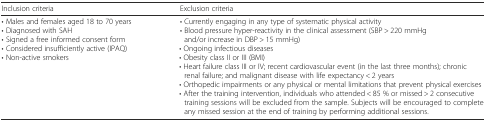
| Inclusion criteria | Exclusion criteria |
 | --- | --- |
 | • Males and females aged 18 to 70 years• Diagnosed with SAH• Signed a free informed consent form• Considered insufficiently active (IPAQ)• Non-active smokers | • Currently engaging in any type of systematic physical activity• Blood pressure hyper-reactivity in the clinical assessment (SBP > 220 mmHg and/or increase in DBP > 15 mmHg)• Ongoing infectious diseases• Obesity class II or III (BMI)• Heart failure class III or IV; recent cardiovascular event (in the last three months); chronic renal failure; and malignant disease with life expectancy < 2 years• Orthopedic impairments or any physical or mental limitations that prevent physical exercises• After the training intervention, individuals who attended < 85 % or missed > 2 consecutive training sessions will be excluded from the sample. Subjects will be encouraged to complete any missed session at the end of training by performing additional sessions. |